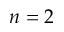
n = 2